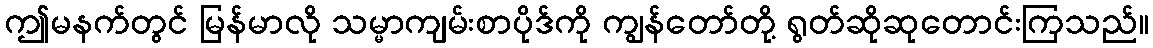
ဤမနက်တွင် မြန်မာလို သမ္မာကျမ်းစာပိုဒ်ကို ကျွန်တော်တို့ ရွတ်ဆိုဆုတောင်းကြသည်။